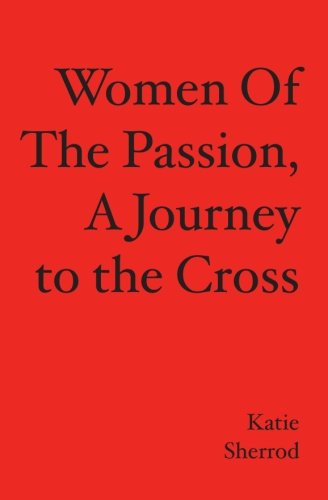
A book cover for WOMEN OF THE PASSION, A Journey to the Cross; Katie Sherrod; Christian Books & Bibles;